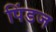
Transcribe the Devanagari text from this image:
पिंडज